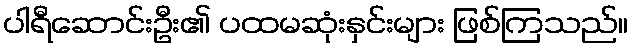
ပါရီဆောင်းဦး၏ ပထမဆုံးနှင်းများ ဖြစ်ကြသည်။